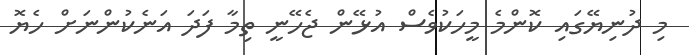
މި ދުނިޔޭގައި ކޮންމެ މީހަކުވެސް އުޅޭން ޖެހޭނީ ތިމާ ފަދަ އަނެކުންނަށް ހެޔޮ